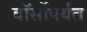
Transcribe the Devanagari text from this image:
वॉर्सोपर्यंत